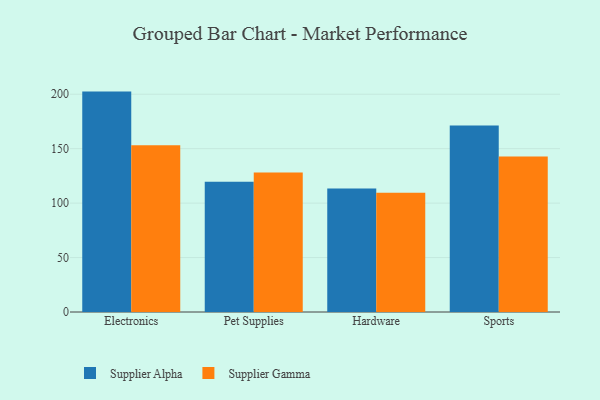
{"axis": {"x": "Category", "y": "Website Visitors"}, "legend": ["Supplier Alpha", "Supplier Gamma"], "data": [{"x": "Electronics", "y": 202.4, "type": "Supplier Alpha"}, {"x": "Electronics", "y": 153.2, "type": "Supplier Gamma"}, {"x": "Pet Supplies", "y": 119.6, "type": "Supplier Alpha"}, {"x": "Pet Supplies", "y": 128.2, "type": "Supplier Gamma"}, {"x": "Hardware", "y": 113.4, "type": "Supplier Alpha"}, {"x": "Hardware", "y": 109.5, "type": "Supplier Gamma"}, {"x": "Sports", "y": 171.3, "type": "Supplier Alpha"}, {"x": "Sports", "y": 142.8, "type": "Supplier Gamma"}]}